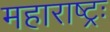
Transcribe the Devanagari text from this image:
महाराष्ट्रः